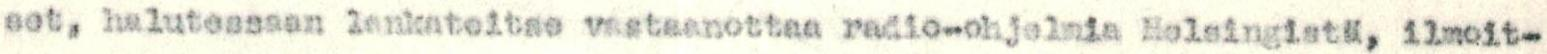
set, halutessaan lankateitse vastaanottaa radio-ohjelmia Helsingistä, ilmoit-